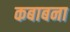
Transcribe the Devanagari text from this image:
कबाबना